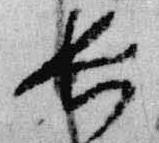
長